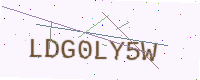
Text: LDG0LY5W